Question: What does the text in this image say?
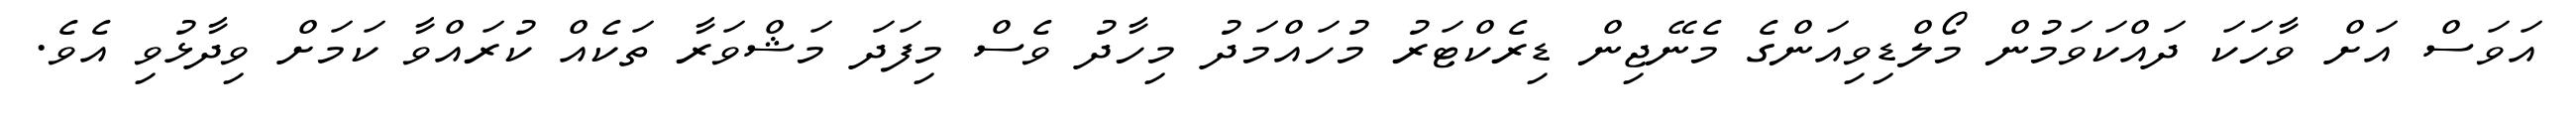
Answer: އަވަސް އަށް ވާހަކަ ދައްކަވަމުން މޯލްޑިވިއަންގެ މެނޭޖިން ޑިރެކްޓަރު މުހައްމަދު މިހާދު ވެސް މިފަދަ މަޝްވަރާ ތަކެއް ކުރައްވާ ކަމަށް ވިދާޅުވި އެވެ.